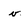
Character: v